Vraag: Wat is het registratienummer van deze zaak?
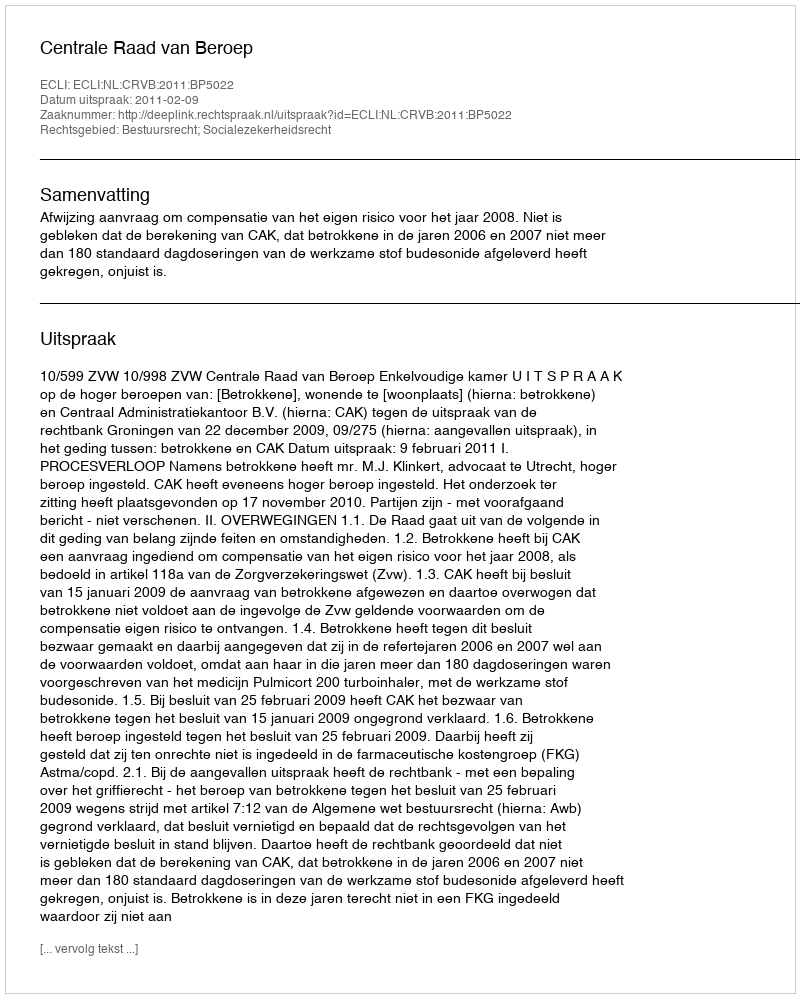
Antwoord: http://deeplink.rechtspraak.nl/uitspraak?id=ECLI:NL:CRVB:2011:BP5022